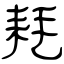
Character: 耗